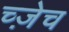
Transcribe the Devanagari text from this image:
च्ज़ेच